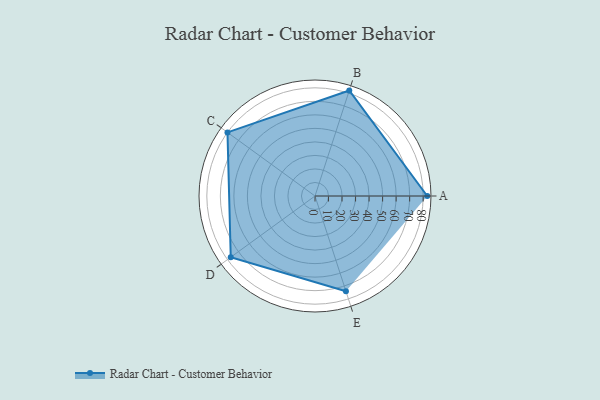
{"axis": {"x": "Skill", "y": "Score"}, "legend": ["Profile"], "data": [{"x": "A", "y": 83.0, "type": "Profile"}, {"x": "B", "y": 82.0, "type": "Profile"}, {"x": "C", "y": 80.0, "type": "Profile"}, {"x": "D", "y": 77.0, "type": "Profile"}, {"x": "E", "y": 74.0, "type": "Profile"}]}